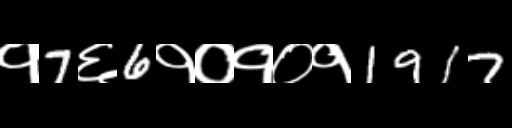
Text: १7६6१०१०१1917